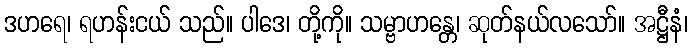
ဒဟရေ၊ ရဟန်းငယ် သည်။ ပါဒေ၊ တို့ကို။ သမ္ဗာဟန္တေ၊ ဆုတ်နယ်လသော်။ အဋ္ဌီနံ၊